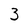
Character: 3